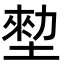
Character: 𡎼